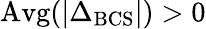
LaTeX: \mathrm{Avg}(|\Delta_{\mathrm{BCS}}|)>0